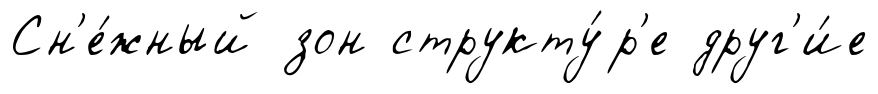
Сн'е́жный зон структу́р'е друг'и́е